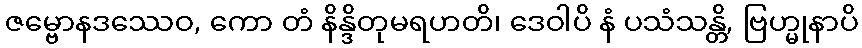
ဇမ္ဗောနဒဿေဝ, ကော တံ နိန္ဒိတုမရဟတိ၊ ဒေဝါပိ နံ ပသံသန္တိ, ဗြဟ္မုနာပိ